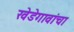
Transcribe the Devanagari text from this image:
खेडेगावांचा